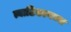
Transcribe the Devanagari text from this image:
त्याठिकाणच्या